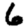
Digit: 6